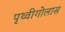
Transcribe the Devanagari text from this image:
पृथ्वीगोलास